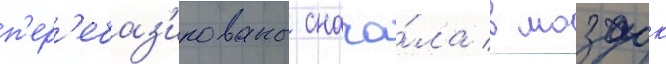
п'ер'ебаз'ированы снача́ла в моздок